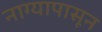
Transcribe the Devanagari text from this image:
नाग्यापासून